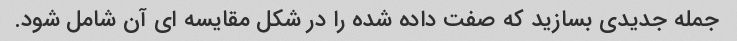
جمله جدیدی بسازید که صفت داده شده را در شکل مقایسه ای آن شامل شود.